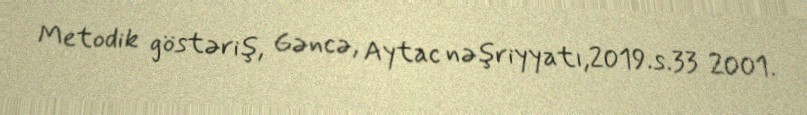
Metodik göstəriş, Gəncə, Aytac nəşriyyatı,2019.s.33 2001.